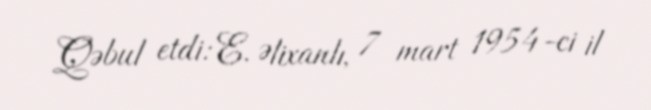
Qəbul etdi: E. Əlixanlı, 7 mart 1954-ci il